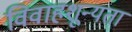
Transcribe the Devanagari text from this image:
विवाहशून्यता